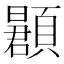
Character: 𬱌